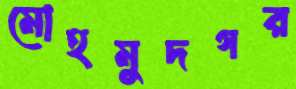
মোহমুদগর